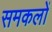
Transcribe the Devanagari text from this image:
समकलों